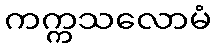
ကက္ကသလောမံ